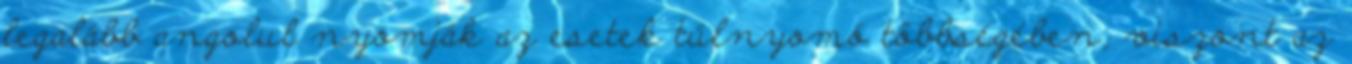
legalább angolul nyomják az esetek túlnyomó többségében, viszont az